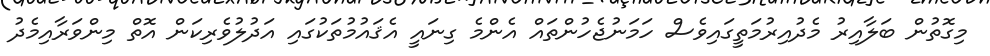
މިގޮތުން ބަލާއިރު މެދުއިރުމަތީގައިވެސް ހަމަނުޖެހުންތައް އެންމެ ގިނައީ އެޤައުމުތަކުގައި އަދުލުވެރިކަން އޮތް މިންވަރާއިމެދު